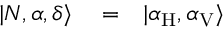
\begin{array} { r l r } { | N , \alpha , \delta \rangle } & { { } = } & { | \alpha _ { \mathrm { H } } , \alpha _ { \mathrm { V } } \rangle } \end{array}